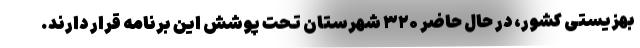
بهزیستی کشور، در حال حاضر ۳۲۰ شهرستان تحت پوشش این برنامه قرار دارند.